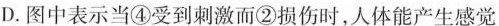
D.图中表示当④受到刺激而②损伤时，人体能产生感觉